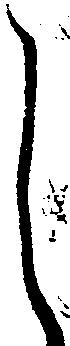
し